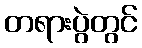
တရားပွဲတွင်